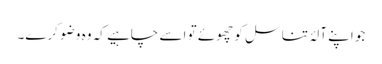
جو اپنے آلۂ تناسل کو چھوئے تو اسے چاہیے کہ وہ وضو کرے۔